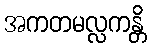
အကတမလ္လကန္တိ